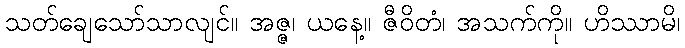
သတ်ချေသော်သာလျင်။ အဇ္ဇ၊ ယနေ့။ ဇီဝိတံ၊ အသက်ကို။ ဟိဿာမိ၊